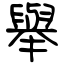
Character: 舉